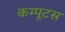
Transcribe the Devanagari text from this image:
कम्पूटस